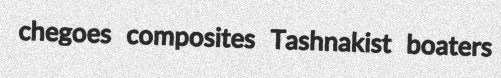
chegoes composites Tashnakist boaters